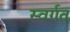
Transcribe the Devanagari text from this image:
स्वर्गत